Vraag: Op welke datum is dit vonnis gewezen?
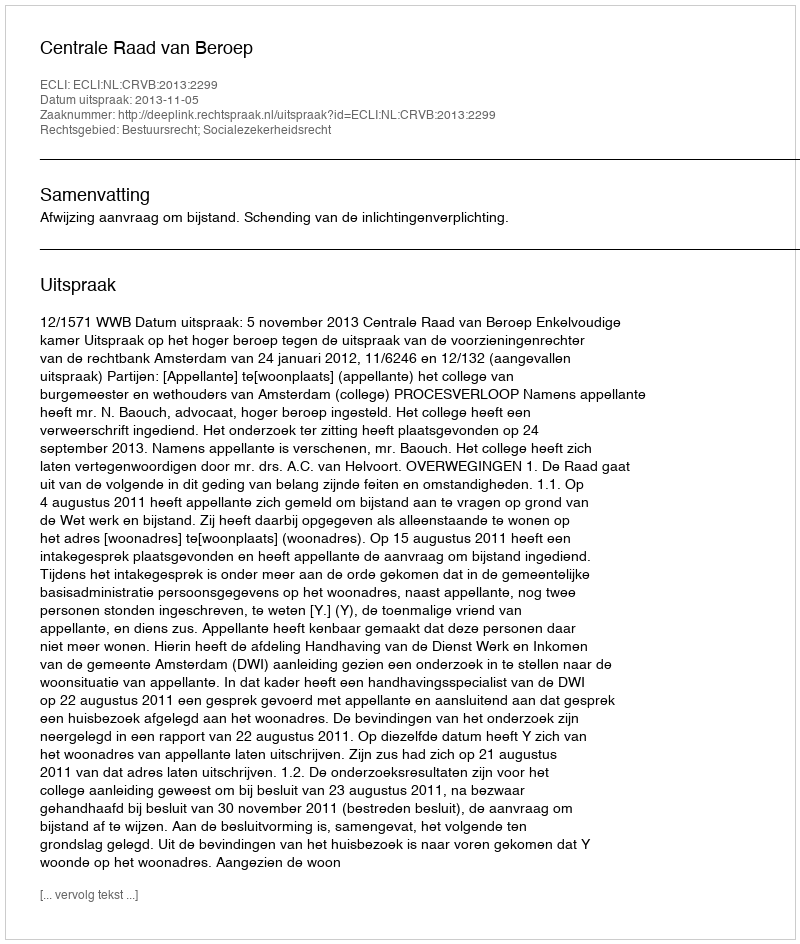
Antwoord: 2013-11-05